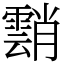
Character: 䨭